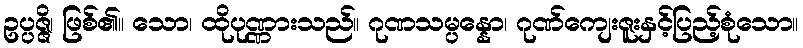
ဥပ္ပဇ္ဇိ၊ ဖြစ်၏။ သော၊ ထိုပုဏ္ဏားသည်။ ဂုဏသမ္ပန္နော၊ ဂုဏ်ကျေးဇူးနှင့်ပြည့်စုံသော။